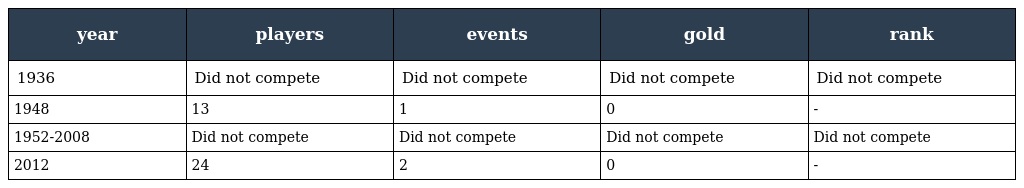
| year | players | events | gold | rank |
 | --- | --- | --- | --- | --- |
 | 1936 | Did not compete | Did not compete | Did not compete | Did not compete |
 | 1948 | 13 | 1 | 0 | - |
 | 1952-2008 | Did not compete | Did not compete | Did not compete | Did not compete |
 | 2012 | 24 | 2 | 0 | - |